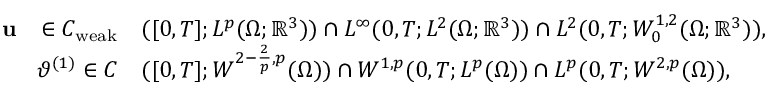
\begin{array} { r l } { \textbf { \textup { u } } \in C _ { \mathrm { w e a k } } } & { ( [ 0 , T ] ; L ^ { p } ( \Omega ; \mathbb { R } ^ { 3 } ) ) \cap L ^ { \infty } ( 0 , T ; L ^ { 2 } ( \Omega ; \mathbb { R } ^ { 3 } ) ) \cap L ^ { 2 } ( 0 , T ; W _ { 0 } ^ { 1 , 2 } ( \Omega ; \mathbb { R } ^ { 3 } ) ) , } \\ { \vartheta ^ { ( 1 ) } \in C } & { ( [ 0 , T ] ; W ^ { 2 - \frac { 2 } { p } , p } ( \Omega ) ) \cap W ^ { 1 , p } ( 0 , T ; L ^ { p } ( \Omega ) ) \cap L ^ { p } ( 0 , T ; W ^ { 2 , p } ( \Omega ) ) , } \end{array}